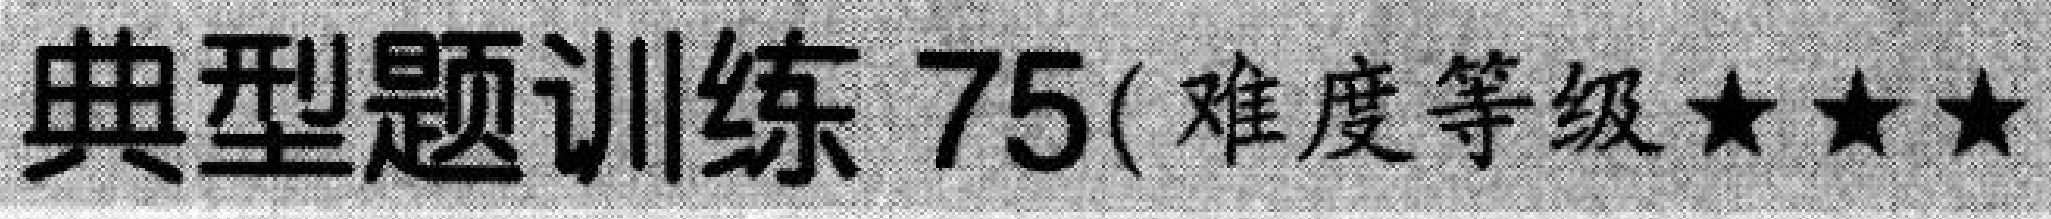
典型题训练 75( 难度等级★★★)